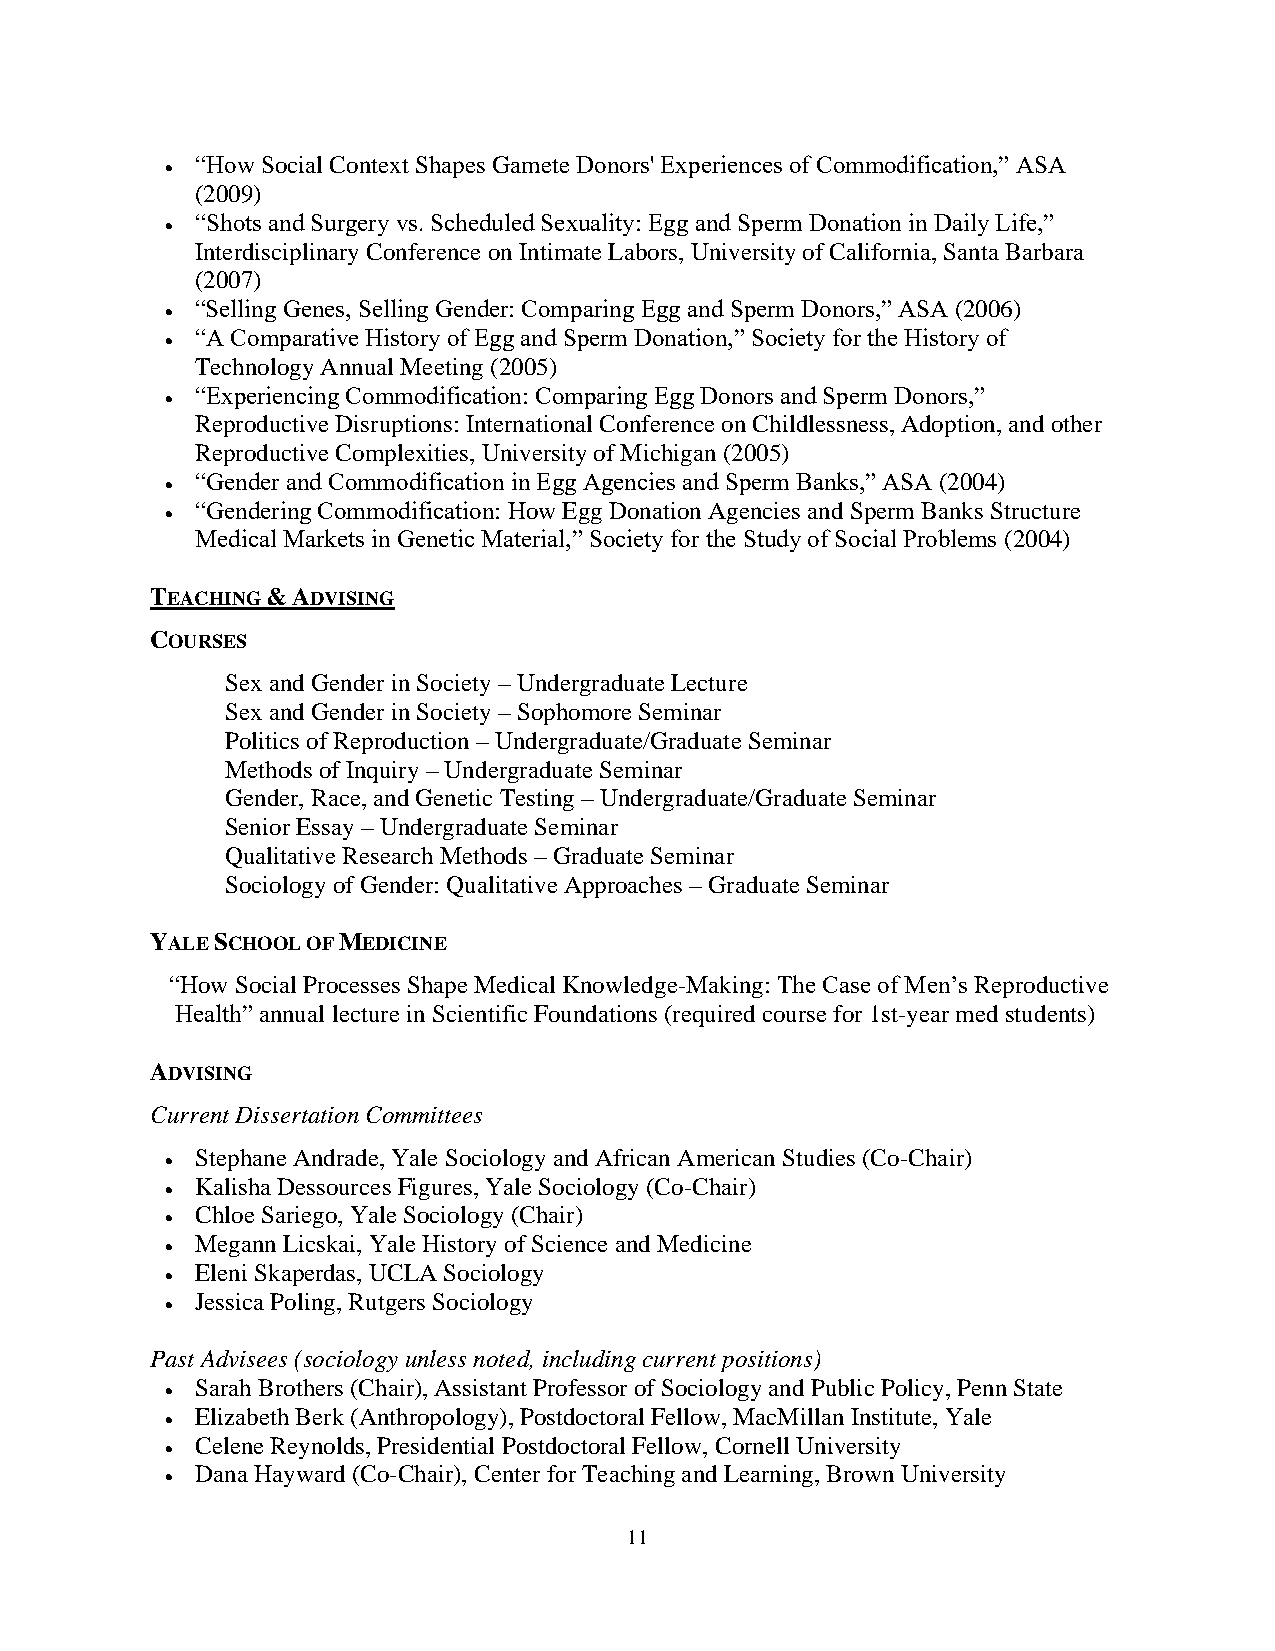
“How Social Context Shapes Gamete Donors' Experiences of Commodification,” ASA
 •
 (2009)
 “Shots and Surgery vs. Scheduled Sexuality: Egg and Sperm Donation in Daily Life,”
 •
 Interdisciplinary Conference on Intimate Labors, University of California, Santa Barbara
 (2007)
 “Selling Genes, Selling Gender: Comparing Egg and Sperm Donors,” ASA (2006)
 •
 “A Comparative History of Egg and Sperm Donation,” Society for the History of
 •
 Technology Annual Meeting (2005)
 “Experiencing Commodification: Comparing Egg Donors and Sperm Donors,”
 •
 Reproductive Disruptions: International Conference on Childlessness, Adoption, and other
 Reproductive Complexities, University of Michigan (2005)
 “Gender and Commodification in Egg Agencies and Sperm Banks,” ASA (2004)
 •
 “Gendering Commodification: How Egg Donation Agencies and Sperm Banks Structure
 •
 Medical Markets in Genetic Material,” Society for the Study of Social Problems (2004)
 TEACHING & ADVISING
 COURSES
 Sex and Gender in Society – Undergraduate Lecture
 Sex and Gender in Society – Sophomore Seminar
 Politics of Reproduction – Undergraduate/Graduate Seminar
 Methods of Inquiry – Undergraduate Seminar
 Gender, Race, and Genetic Testing – Undergraduate/Graduate Seminar
 Senior Essay – Undergraduate Seminar
 Qualitative Research Methods – Graduate Seminar
 Sociology of Gender: Qualitative Approaches – Graduate Seminar
 YALE SCHOOL OF MEDICINE
 “How Social Processes Shape Medical Knowledge-Making: The Case of Men’s Reproductive
 Health” annual lecture in Scientific Foundations (required course for 1st-year med students)
 ADVISING
 Current Dissertation Committees
 Stephane Andrade, Yale Sociology and African American Studies (Co-Chair)
 •
 Kalisha Dessources Figures, Yale Sociology (Co-Chair)
 •
 Chloe Sariego, Yale Sociology (Chair)
 •
 Megann Licskai, Yale History of Science and Medicine
 •
 Eleni Skaperdas, UCLA Sociology
 •
 Jessica Poling, Rutgers Sociology
 •
 Past Advisees (sociology unless noted, including current positions)
 Sarah Brothers (Chair), Assistant Professor of Sociology and Public Policy, Penn State
 •
 Elizabeth Berk (Anthropology), Postdoctoral Fellow, MacMillan Institute, Yale
 •
 Celene Reynolds, Presidential Postdoctoral Fellow, Cornell University
 •
 Dana Hayward (Co-Chair), Center for Teaching and Learning, Brown University
 •
 11